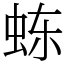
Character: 𬟽